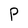
Character: P